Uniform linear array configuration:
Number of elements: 48
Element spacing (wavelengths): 0.25
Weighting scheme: hamming
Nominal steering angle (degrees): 0
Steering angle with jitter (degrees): -1.122
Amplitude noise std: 0.05
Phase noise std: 0.05

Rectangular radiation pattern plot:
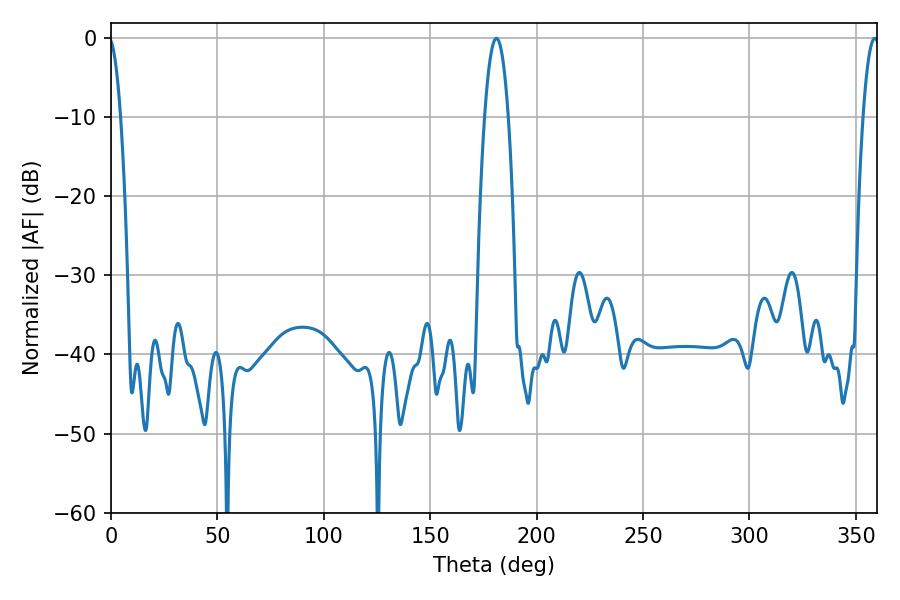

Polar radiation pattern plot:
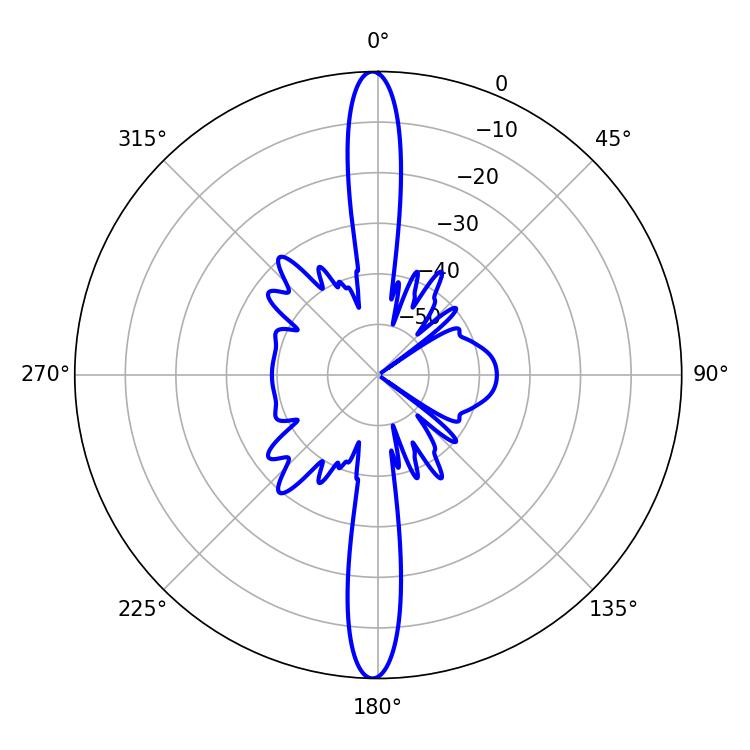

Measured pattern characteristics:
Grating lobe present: FALSE
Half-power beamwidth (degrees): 6.12
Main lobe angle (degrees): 181.08